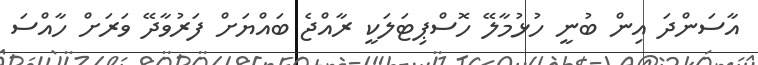
އާސަންދަ އިން ބުނީ ހުޅުމާލޭ ހޮސްޕިޓަލަކީ ރާއްޖެ ބައްޔަށް ފަރުވާދޭ ވަރަށް ހާއްސަ